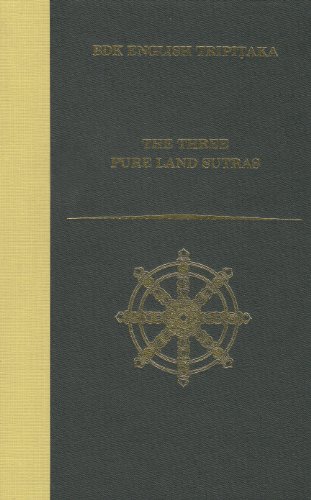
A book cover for The Three Pure Land Sutras (Bdk English Tripitaka Translation Series); Numata Center for Buddhist Translation; Religion & Spirituality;